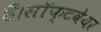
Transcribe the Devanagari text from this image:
हैं।सॉफ्टवेयर